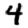
Digit: 4